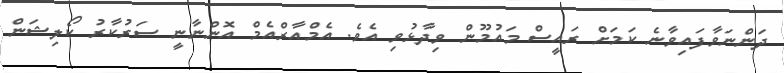
ދަންނަވާފައިވާނެ ކަމަށް ރައީސް މައުމޫން ވިދާޅުވި އެވެ. އެމްއާރްއެމް އޮންނާނީ ސަރުކާރު ކޯލިޝަން